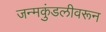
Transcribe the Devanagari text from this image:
जन्मकुंडलीवरून